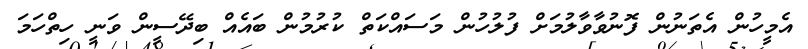
އެމީހުން އެތަނުން ފޮނުވާވާލުމަށް ފުލުހުން މަސައްކަތް ކުރުމުން ބައެއް ބިދޭސީން ވަނީ ހިތްހަމަ